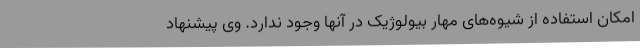
امکان استفاده از شیوه‌های مهار بیولوژیک در آنها وجود ندارد. وی پیشنهاد